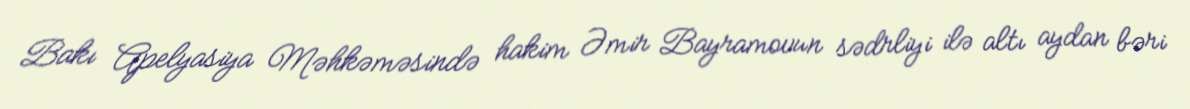
Bakı Apelyasiya Məhkəməsində hakim Əmir Bayramovun sədrliyi ilə altı aydan bəri